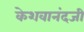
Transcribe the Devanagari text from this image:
केशवानंदजी